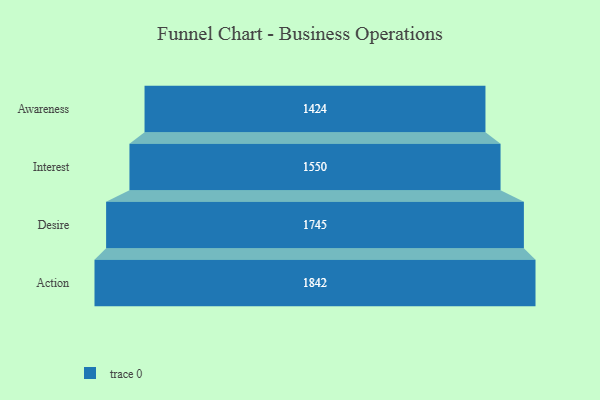
{"axis": {"x": "Stage", "y": "Value"}, "legend": [""], "data": [{"x": "Awareness", "y": 1424.0, "type": ""}, {"x": "Interest", "y": 1550.0, "type": ""}, {"x": "Desire", "y": 1745.0, "type": ""}, {"x": "Action", "y": 1842.0, "type": ""}]}